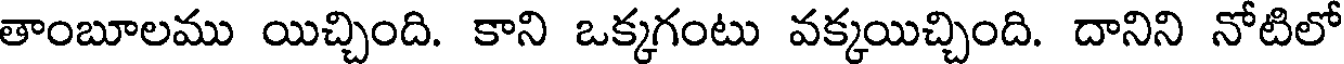
తాంబూలము యిచ్చింది. కాని ఒక్కగంటు వక్కయిచ్చింది. దానిని నోటిలో